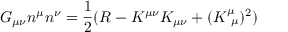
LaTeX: G _ { \mu \nu } n ^ { \mu } n ^ { \nu } = { \frac { 1 } { 2 } } ( R - K ^ { \mu \nu } K _ { \mu \nu } + ( K _ { ~ \mu } ^ { \mu } ) ^ { 2 } )